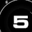
Digit: 5